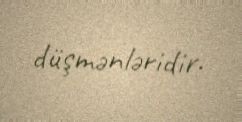
düşmənləridir.